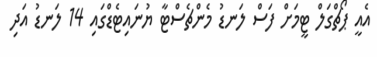
އެއީ ޕޯޗްގަލް ޓީމަށް ފަސް ލަނޑު މެންޗެސްޓާ ޔުނައިޓެޑްގައި 14 ލަނޑު އަދި